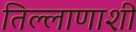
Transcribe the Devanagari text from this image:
तिल्लाणाशी